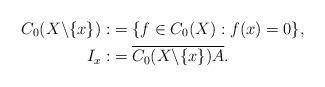
LaTeX: \begin{align*}C_{0}(X\backslash \{x\}):&=\{f \in C_{0}(X): f(x)=0\}, \\I_{x}:&= \overline{C_{0}(X\backslash \{x\})A}.\end{align*}